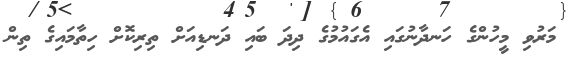
މަރުވި މީހުންގެ ހަނދާނުގައި އެގައުމުގެ ދިދަ ބައި ދަނޑިއަށް ތިރިކޮށް ހިތާމައިގެ ތިން